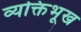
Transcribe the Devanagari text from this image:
व्यक्तिभूख